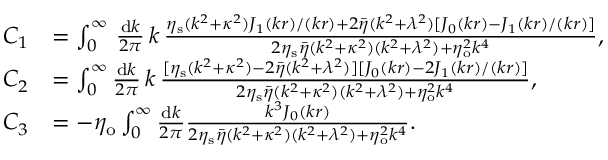
\begin{array} { r l } { C _ { 1 } } & { = \int _ { 0 } ^ { \infty } \, \frac { \mathrm { d } k } { 2 \pi } \, k \, \frac { \eta _ { \mathrm { s } } ( k ^ { 2 } + \kappa ^ { 2 } ) J _ { 1 } ( k r ) / ( k r ) + 2 \bar { \eta } ( k ^ { 2 } + \lambda ^ { 2 } ) [ J _ { 0 } ( k r ) - J _ { 1 } ( k r ) / ( k r ) ] } { 2 \eta _ { \mathrm { s } } \bar { \eta } ( k ^ { 2 } + \kappa ^ { 2 } ) ( k ^ { 2 } + \lambda ^ { 2 } ) + \eta _ { \mathrm { o } } ^ { 2 } k ^ { 4 } } , } \\ { C _ { 2 } } & { = \int _ { 0 } ^ { \infty } \frac { \mathrm { d } k } { 2 \pi } \, k \, \frac { [ \eta _ { \mathrm { s } } ( k ^ { 2 } + \kappa ^ { 2 } ) - 2 \bar { \eta } ( k ^ { 2 } + \lambda ^ { 2 } ) ] [ J _ { 0 } ( k r ) - 2 J _ { 1 } ( k r ) / ( k r ) ] } { 2 \eta _ { \mathrm { s } } \bar { \eta } ( k ^ { 2 } + \kappa ^ { 2 } ) ( k ^ { 2 } + \lambda ^ { 2 } ) + \eta _ { \mathrm { o } } ^ { 2 } k ^ { 4 } } , } \\ { C _ { 3 } } & { = - \eta _ { \mathrm { o } } \int _ { 0 } ^ { \infty } \frac { \mathrm { d } k } { 2 \pi } \frac { k ^ { 3 } J _ { 0 } ( k r ) } { 2 \eta _ { \mathrm { s } } \bar { \eta } ( k ^ { 2 } + \kappa ^ { 2 } ) ( k ^ { 2 } + \lambda ^ { 2 } ) + \eta _ { \mathrm { o } } ^ { 2 } k ^ { 4 } } . } \end{array}